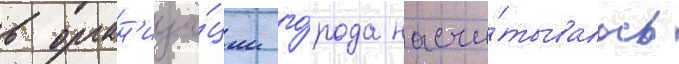
в орган'иза́ции го́рода насчи́тывалось